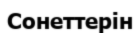
Сонеттерін